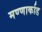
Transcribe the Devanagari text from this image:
मण्णार्काड